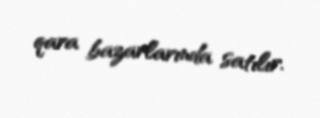
qara bazarlarında satılır.